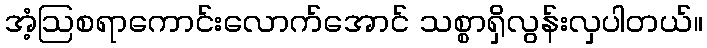
အံ့ဩစရာကောင်းလောက်အောင် သစ္စာရှိလွန်းလှပါတယ်။